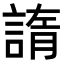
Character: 𧩭